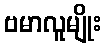
ဗမာလူမျိုး